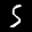
Label: 5